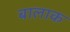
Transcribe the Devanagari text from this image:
बालाक